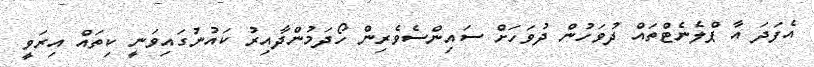
އެފަދަ އާ ޕްލެނެޓްތައް ދުވަހުން ދުވަހަށް ސައިންސެވެރިން ހޯދަމުންދާއިރު ކައުނުގައިވަނީ ކިތައް އިރަވީ